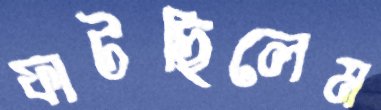
ফাটছিলেম